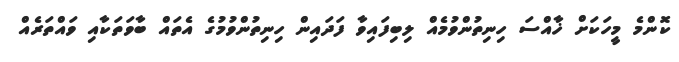
ކޮންމެ މީހަކަށް ޚާއްސަ ހިނިތުންވުމެއް ލިބިފައިވާ ފަދައިން ހިނިތުންވުމުގެ އެތައް ބާވަތަކާއި ވައްތަރެއް